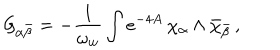
LaTeX: { \cal G } _ { \alpha { \bar { \beta } } } = - { \frac { 1 } { \omega _ { w } } } \int e ^ { - 4 A } \, \chi _ { \alpha } \wedge { \bar { \chi } } _ { \bar { \beta } } \, ,